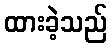
ထားခဲ့သည်